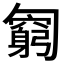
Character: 𠤊